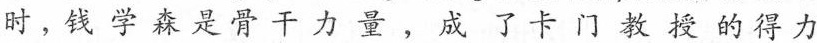
时，钱学森是骨干力量，成了卡门教授的得力